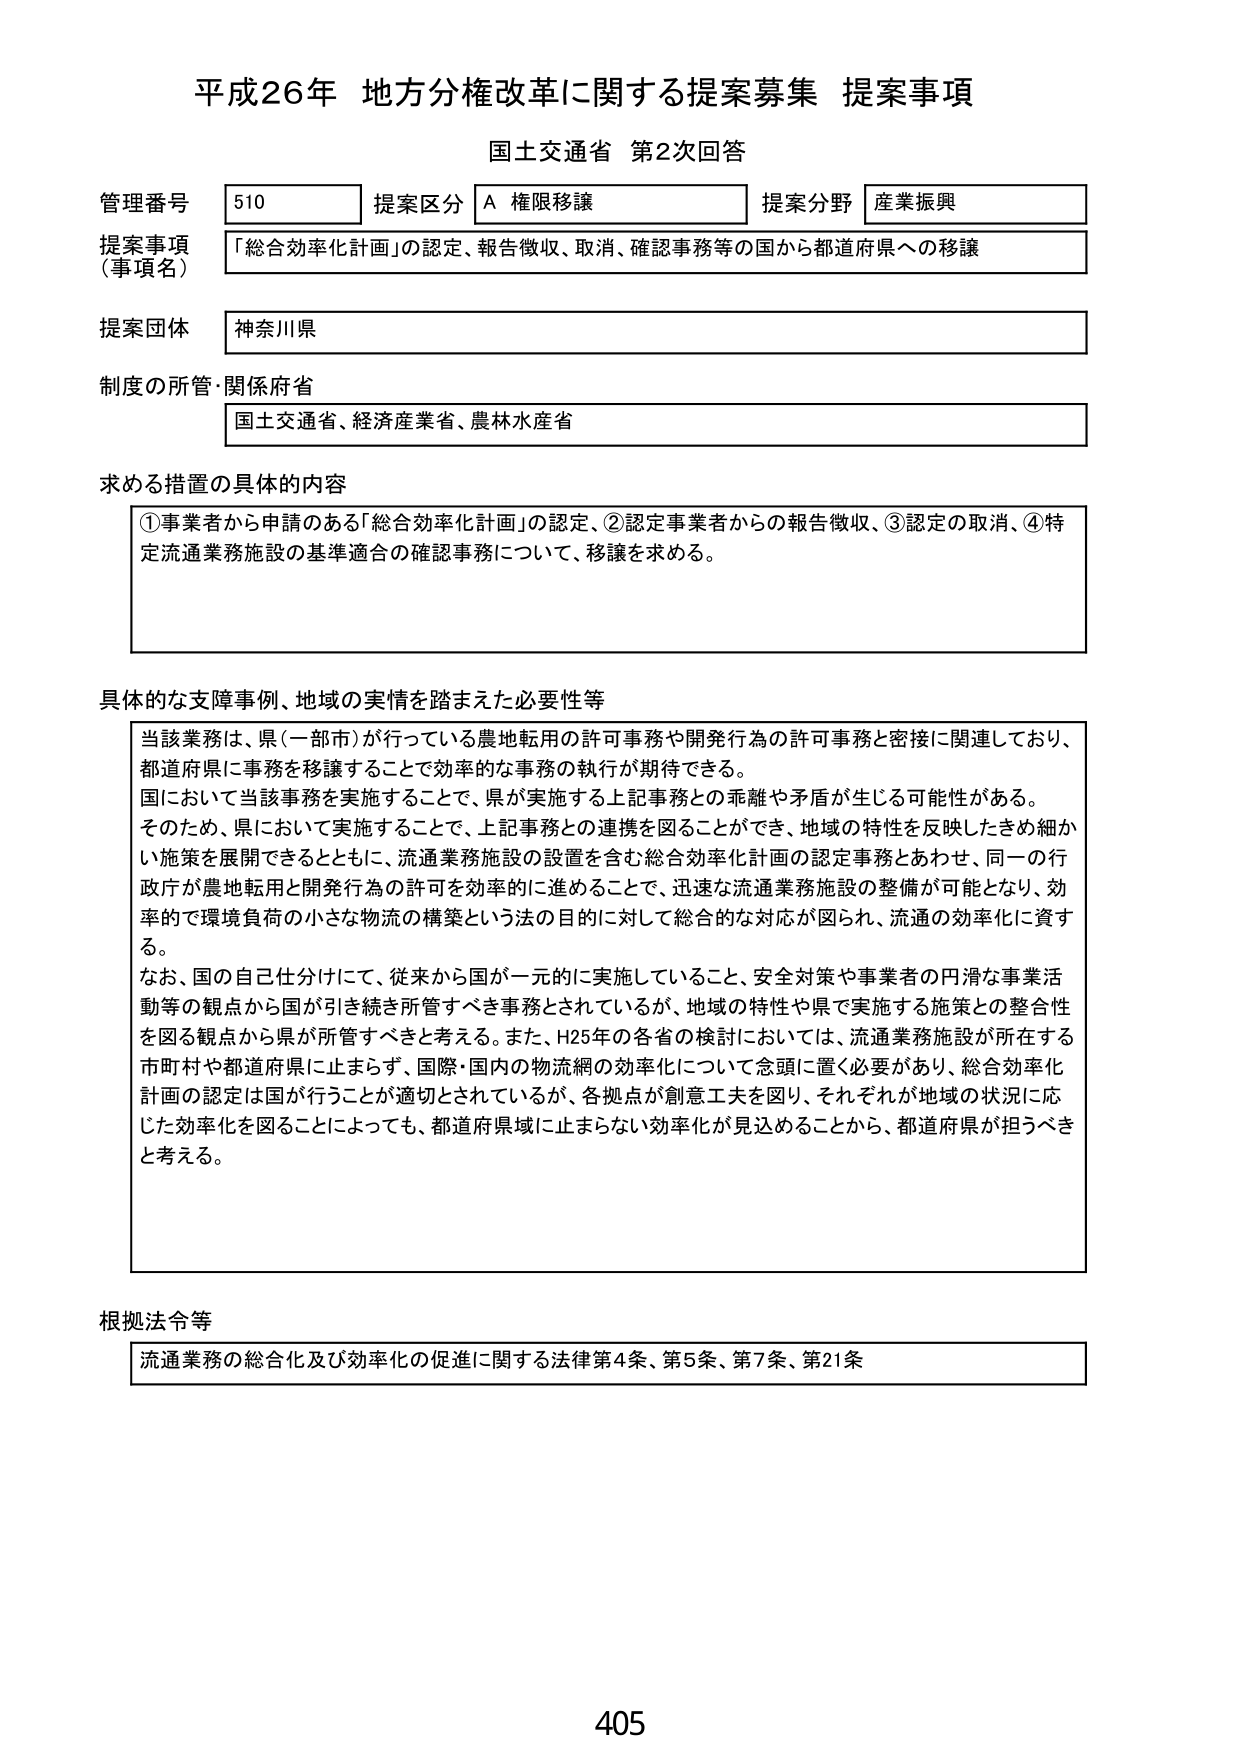
平成26年 地方分権改革に関する提案募集 提案事項
国土交通省 第2次回答

管理番号 510 提案区分 A 権限移譲 提案分野 産業振興
提案事項（事項名） 「総合効率化計画」の認定、報告徴収、取消、確認事務等の国から都道府県への移譲
提案団体 神奈川県
制度の所管・関係府省 国土交通省、経済産業省、農林水産省

求める措置の具体的内容
①事業者から申請のある「総合効率化計画」の認定、②認定事業者からの報告徴収、③認定の取消、④特定流通業務施設の基準適合の確認事務について、移譲を求める。

具体的な支障事例、地域の実情を踏まえた必要性等
当該業務は、県（一部市）が行っている農地転用の許可事務や開発行為の許可事務と密接に関連しており、都道府県に事務を移譲することで効率的な事務の執行が期待できる。
国において当該事務を実施することで、県が実施する上記事務との乖離や矛盾が生じる可能性がある。
そのため、県において実施することで、上記事務との連携を図ることができ、地域の特性を反映したきめ細かい施策を展開できるとともに、流通業務施設の設置を含む総合効率化計画の認定事務とあわせ、同一の行政庁が農地転用と開発行為の許可を効率的に進めることで、迅速な流通業務施設の整備が可能となり、効率的で環境負荷の小さな物流の構築という法の目的に対して総合的な対応が図られ、流通の効率化に資する。
なお、国の自己分けにて、従来から国が一元的に実施していること、安全対策や事業者の円滑な事業活動等の観点から国が引き続き所管すべき事務とされているが、地域の特性や県で実施する施策との整合性を図る観点から県が所管すべきと考える。また、H25年の各省の検討においては、流通業務施設が所在する市町村や都道府県に止まらず、国際・国内の物流網の効率化について念頭に置く必要があり、総合効率化計画の認定は国が行うことが適切とされているが、各拠点が創意工夫を図り、それぞれが地域の状況に応じた効率化を図ることによっても、都道府県域に止まらない効率化が見込めることから、都道府県が担うべきと考える。

根拠法令等
流通業務の総合化及び効率化の促進に関する法律第4条、第5条、第7条、第21条

405